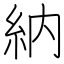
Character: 納